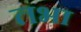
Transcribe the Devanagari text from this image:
तभा